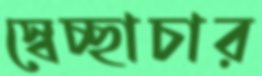
স্বেচ্ছাচার